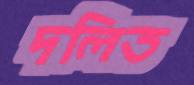
দলিত